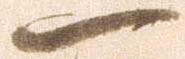
一